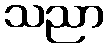
သညာ